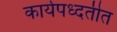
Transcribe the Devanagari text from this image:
कार्यपध्दतीत